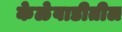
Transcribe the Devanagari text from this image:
केळेवाडीतील